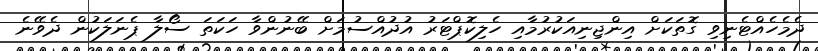
ދެމެހެއްޓެނިވި ގޮތަކަށް އިންޖިނިއަކުރުމާއި ހެލިކޮޕްޓަރު އުދުއްސުމަށް ބޭނުންވާ ހަކަތަ ސޯލާ ޕެނަލަކުން ދެވޭނެ